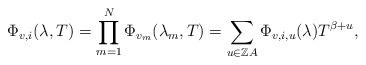
LaTeX: \begin{align*}\Phi_{v,i}(\lambda,T) = \prod_{m=1}^N \Phi_{v_m}(\lambda_m,T) = \sum_{u\in{\mathbb Z}A} \Phi_{v,i,u}(\lambda)T^{\beta+u},\end{align*}